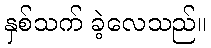
နှစ်သက် ခဲ့လေသည်။